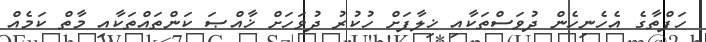
ހަފްތާގެ އެހެނިހެން ދުވަސްތަކާއި ޚިލާފަށް ހުކުރު ދުވަހަށް ޚާއްޞަ ކަންތައްތަކާއި މާތް ކަމެއް